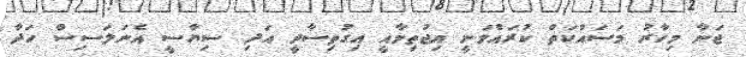
ޖަނާ މިހާރު މަސައްކަތް ކުރައްވަނީ އިޖުތިމާއީ އިގުތިސާދީ އަދި ސިޔާސީ އެނަލަސިސް ހަދާ